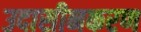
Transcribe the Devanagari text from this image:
उदासीनकरण